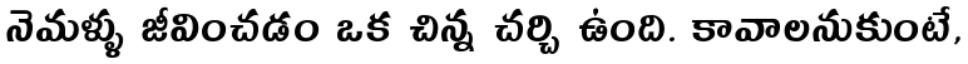
నెమళ్ళు జీవించడం ఒక చిన్న చర్చి ఉంది. కావాలనుకుంటే,